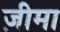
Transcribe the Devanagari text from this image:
ज़ीमा